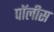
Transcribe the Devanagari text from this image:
पॉलीस